38_143685_box7_Incident_Summaries_1-100
Agency: Department of War
Page 57
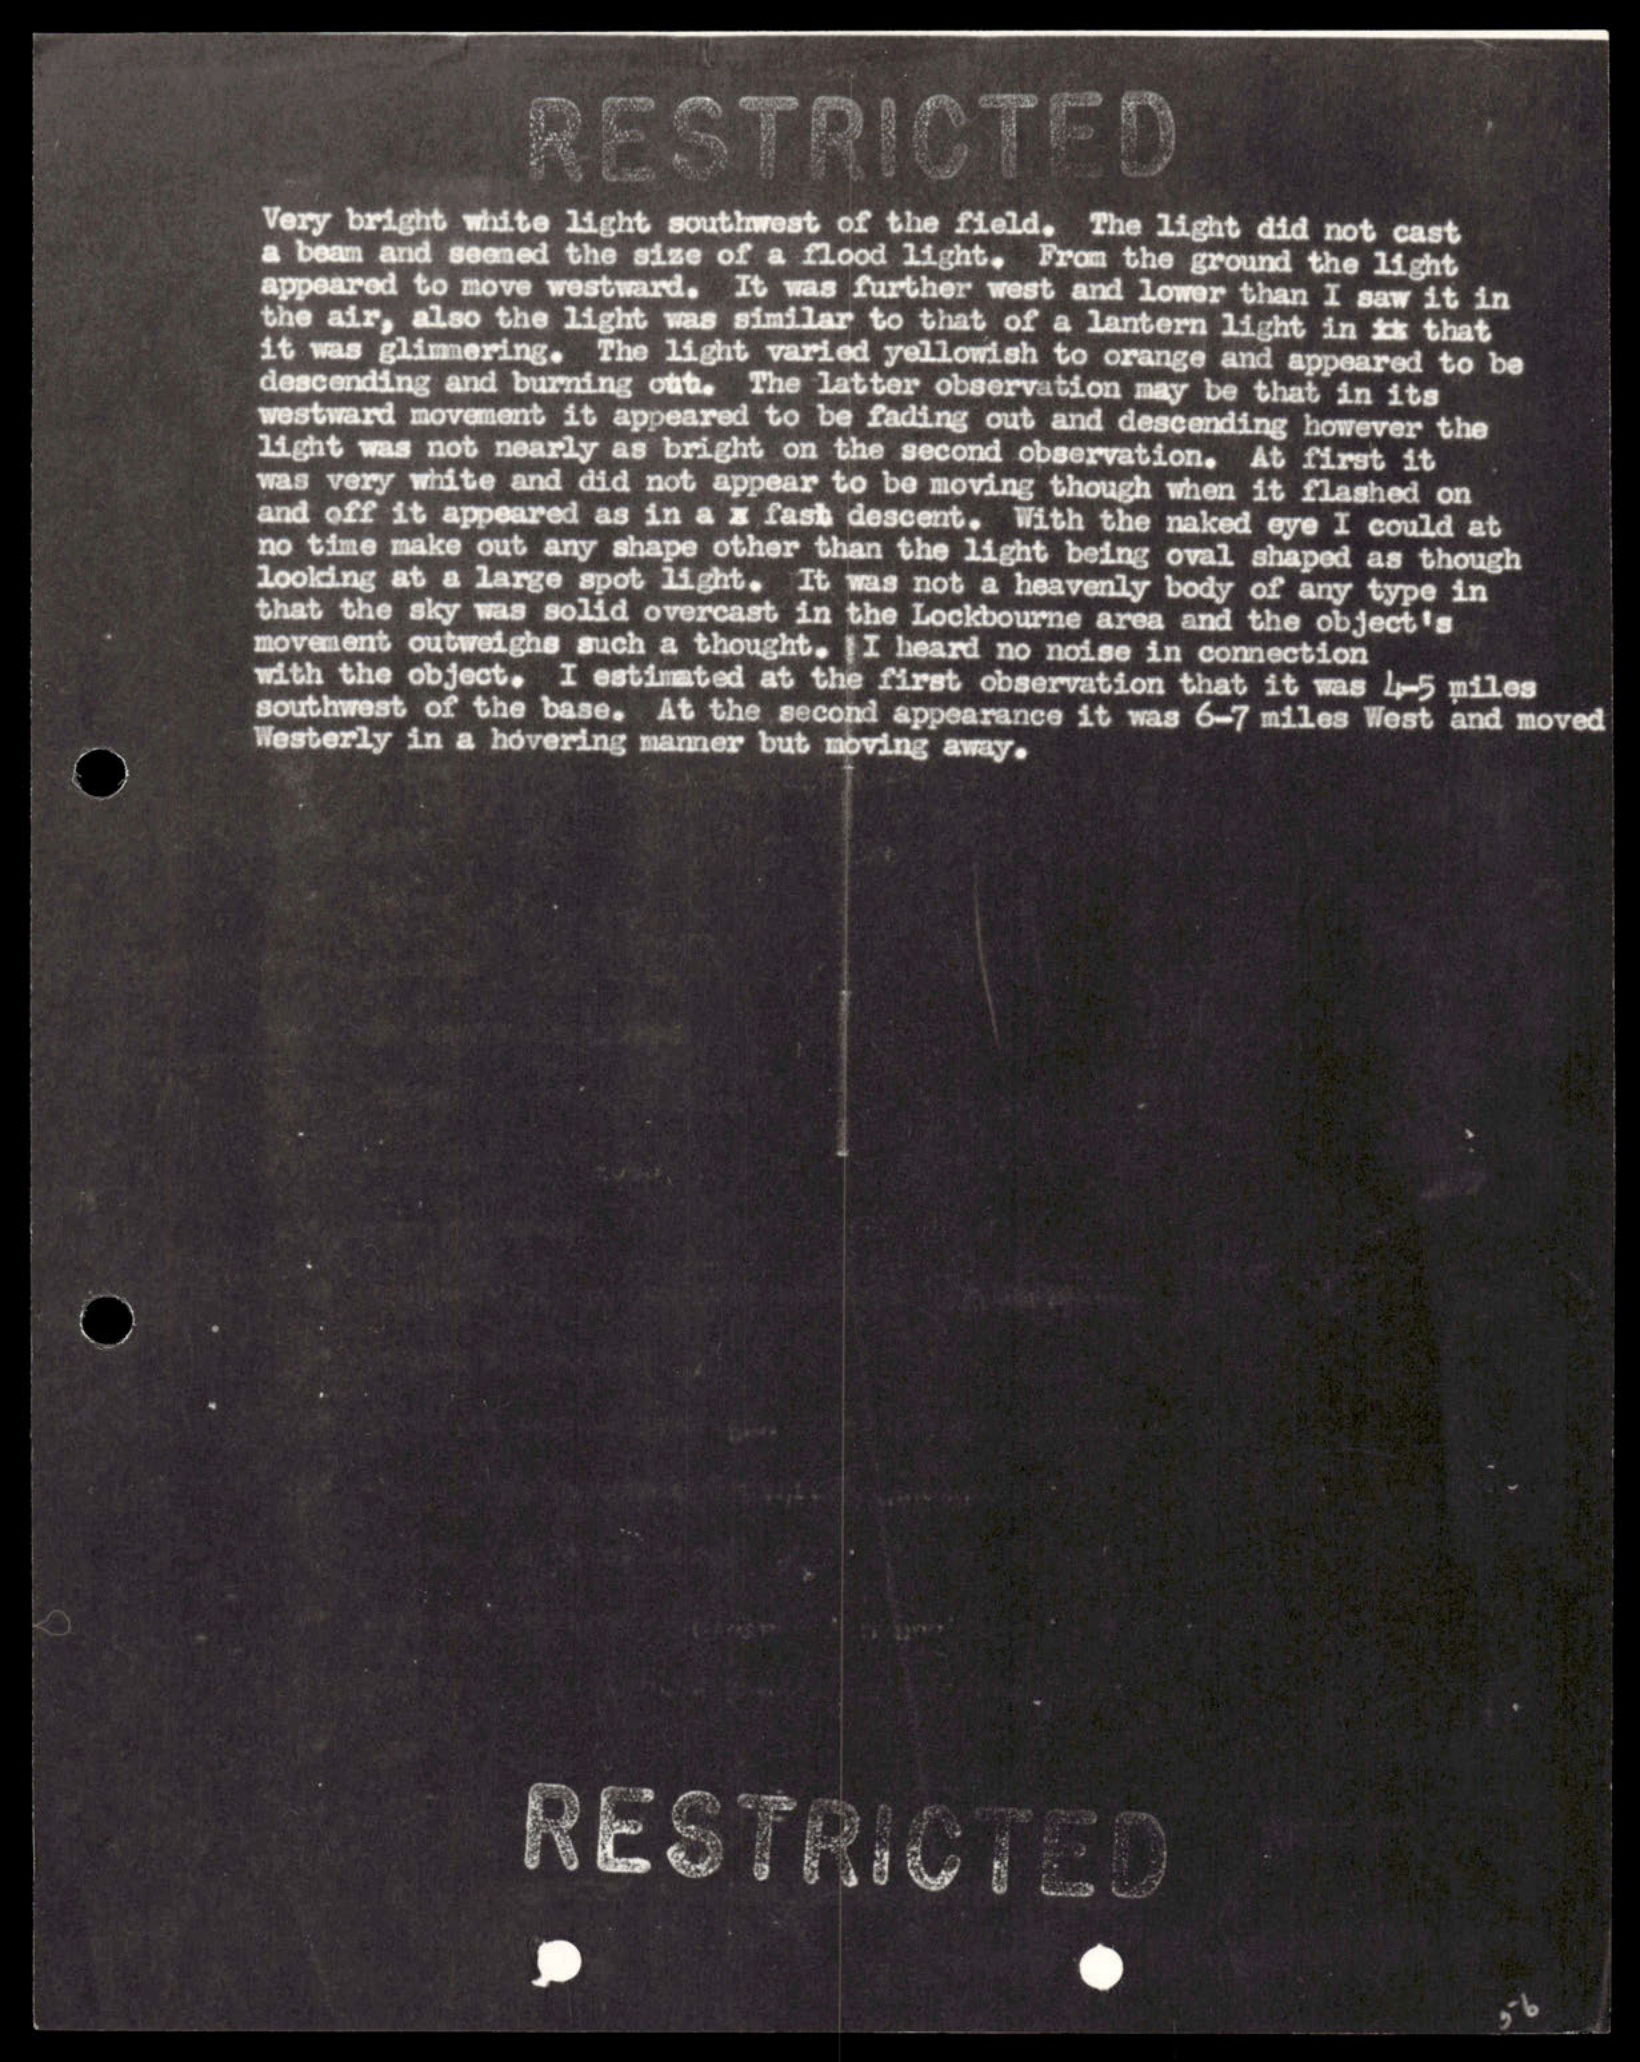